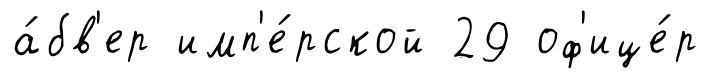
а́бв'ер имп'е́рской 29 оф'ице́р